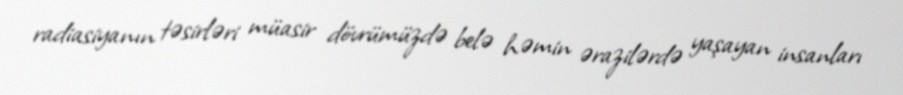
radiasiyanın təsirləri müasir dövrümüzdə belə həmin ərazilərdə yaşayan insanları